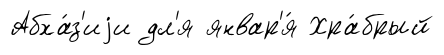
Абха́з'иjи дл'я январ'я́ Хра́брый